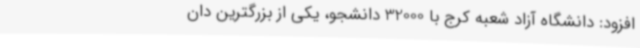
افزود: دانشگاه آزاد شعبه کرج با 32000 دانشجو، یکی از بزرگترین دان